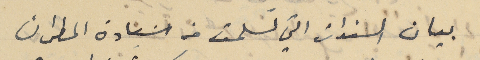
بيان السندات التي تسلمت من سَعادة المطران